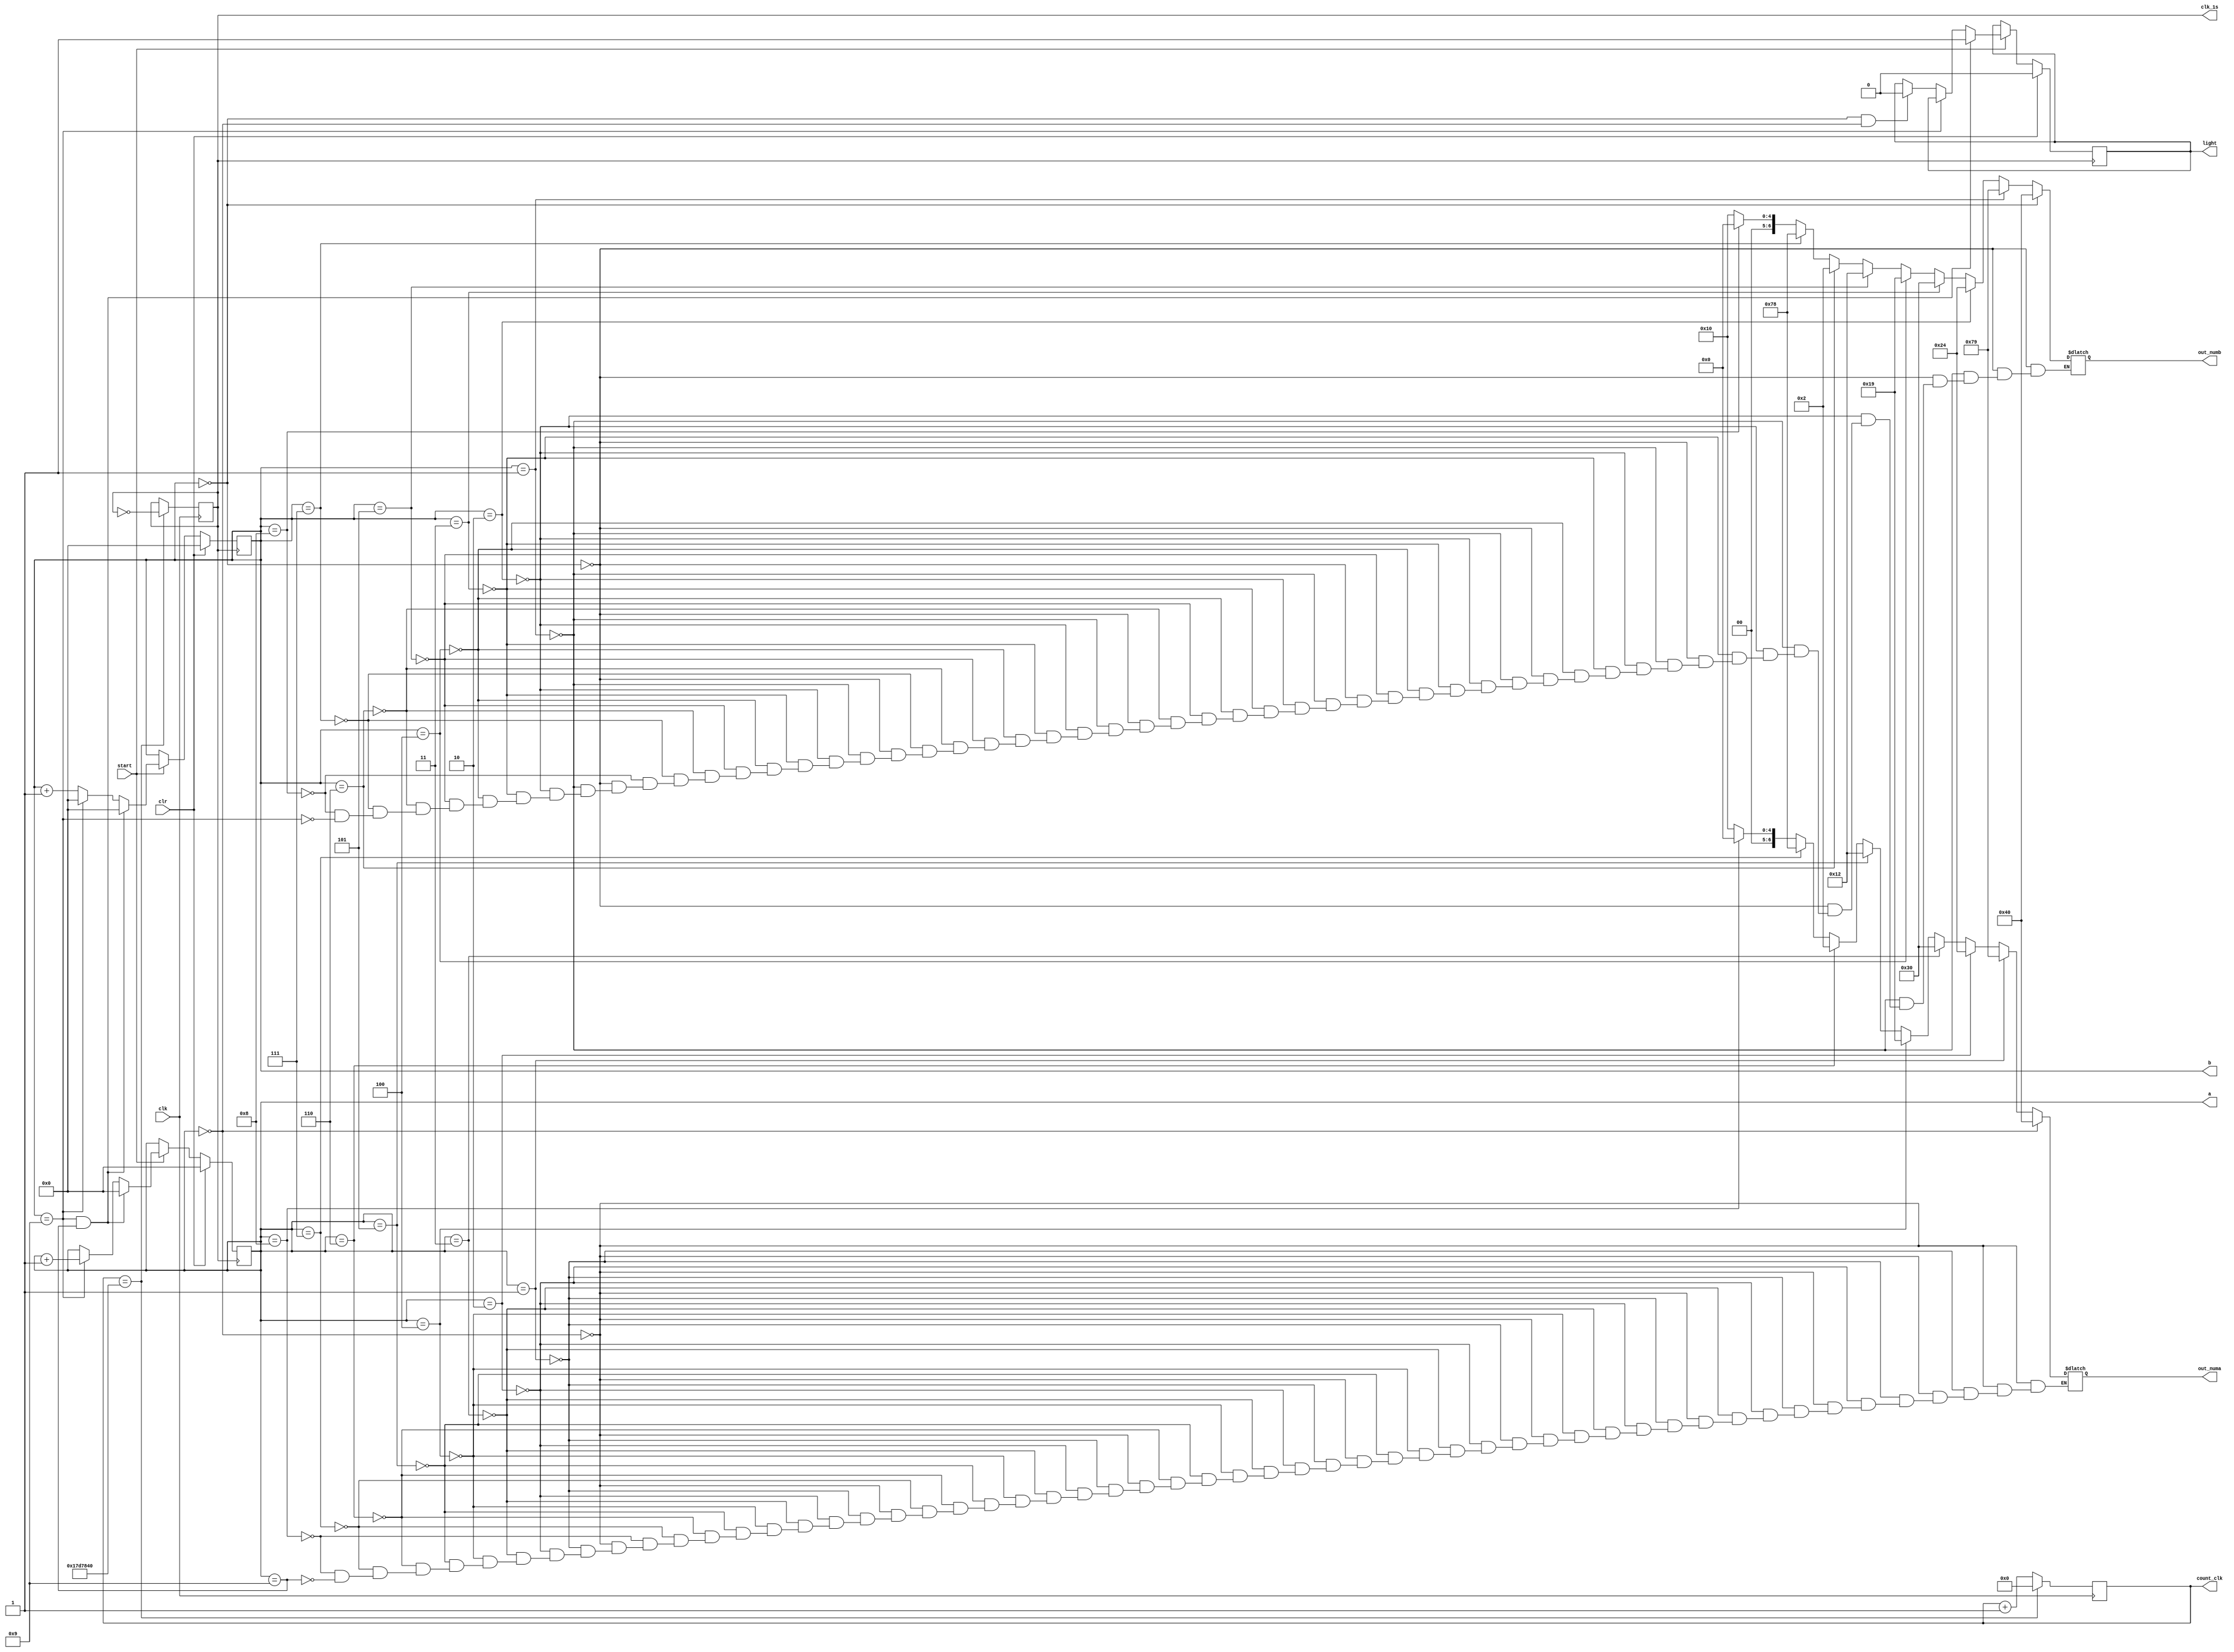
module lab05(clk,clk_1s,count_clk,start,clr,a,b,light,out_numa,out_numb);
input clk;
output reg clk_1s;
output reg [24:0]count_clk;
input start;
input clr;
output reg [3:0]a;//BCD 
output reg [3:0]b;
output reg light;
output reg[6:0]out_numa;
output reg[6:0]out_numb;

initial
begin
clk_1s=0;
count_clk=0;
a=0;
b=0;
end

always @(posedge clk)
if(count_clk==25000000)
begin
count_clk <=0;
clk_1s <= ~clk_1s;
end
else
count_clk <= count_clk+1;

always@(posedge clk_1s)
if(clr==1)
begin
a<=0;
b<=0;
light<=0;
end

else if(start==0)
begin
end

else if(b==9&&a==9)
begin
b<=0;
a<=0;
light<=1;
end

else if(b==9)
begin
b<=0;
a<=a+1;
end

else if(b==0&&a==0)
begin
b<=b+1;
light=0;
end

else
b<=b+1;

always@(a)
if(a==0)
out_numa=7'b1000000;
else if(a==1)
out_numa=7'b1111001;
else if(a==2)
out_numa=7'b0100100;
else if(a==3)
out_numa=7'b0110000;
else if(a==4)
out_numa=7'b0011001;
else if(a==5)
out_numa=7'b0010010;
else if(a==6)
out_numa=7'b0000010;
else if(a==7)
out_numa=7'b1111000;
else if(a==8)
out_numa=7'b0000000;
else if(a==9)
out_numa=7'b0010000;

always@(b)
if(b==0)
out_numb=7'b1000000;
else if(b==1)
out_numb=7'b1111001;
else if(b==2)
out_numb=7'b0100100;
else if(b==3)
out_numb=7'b0110000;
else if(b==4)
out_numb=7'b0011001;
else if(b==5)
out_numb=7'b0010010;
else if(b==6)
out_numb=7'b0000010;
else if(b==7)
out_numb=7'b1111000;
else if(b==8)
out_numb=7'b0000000;
else if(b==9)
out_numb=7'b0010000;
endmodule